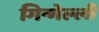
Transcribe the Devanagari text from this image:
गिन्गेल्ली